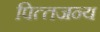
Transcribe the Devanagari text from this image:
पित्‍तजन्‍य